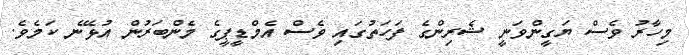
މިހާރު ވެސް ޔަގީންވަނީ ޝެރިންގެ ފަހަތުގައި ވެސް އެމްޑީޕީގެ މެންބަރުން އުޅޭނެ ކަމެވެ.